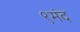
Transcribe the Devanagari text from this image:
९मंद